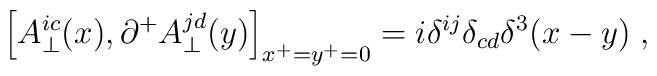
\Bigl[A^{ic}_{\perp}(x),\partial^+ A^{jd}_{\perp}(y)\Bigr]_{x^+=y^+=0} =i \delta^{ij} \delta_{cd} \delta^3(x-y) \;,